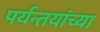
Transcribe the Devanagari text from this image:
पर्यन्तयांच्या